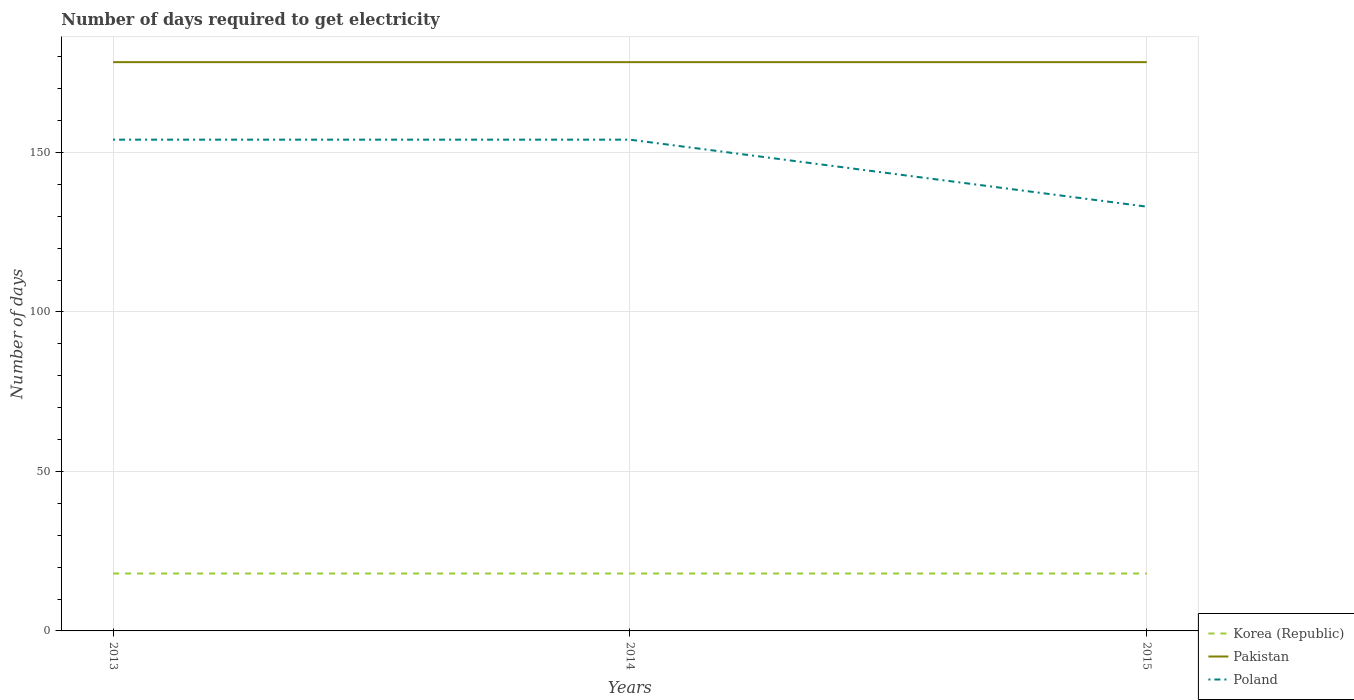
| Years | Korea (Republic) | Pakistan | Poland |
 | --- | --- | --- | --- |
 | 2013 | 18 | 178 | 154 |
 | 2014 | 18 | 178 | 154 |
 | 2015 | 18 | 178 | 133 |